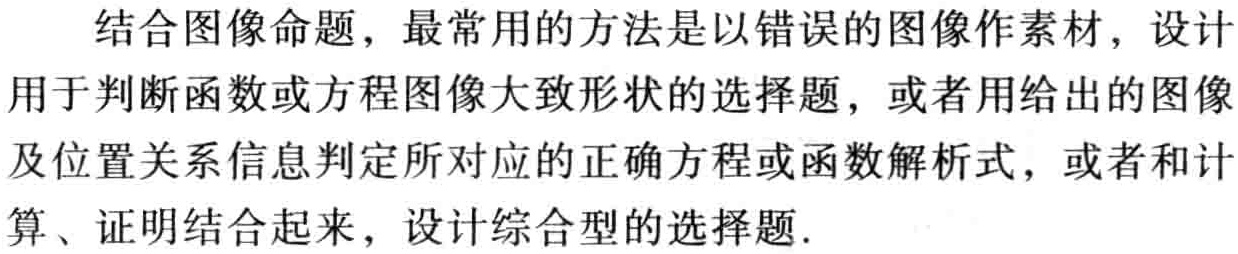
结合图像命题，最常用的方法是以错误的图像作素材，设计用于判断函数或方程图像大致形状的选择题，或者用给出的图像及位置关系信息判定所对应的正确方程或函数解析式，或者和计算、证明结合起来，设计综合型的选择题.